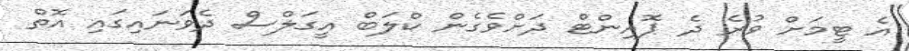
އެ ޓީމަށް ވުރެ ދެ ޕޮއިންޓް ދަށްވެގެން ކްލަބް އީގަލްސް ދެވަނައިގައި އޮތް